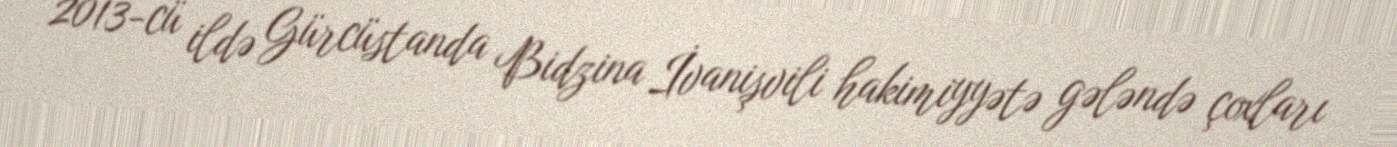
2013-cü ildə Gürcüstanda Bidzina İvanişvili hakimiyyətə gələndə çoxları